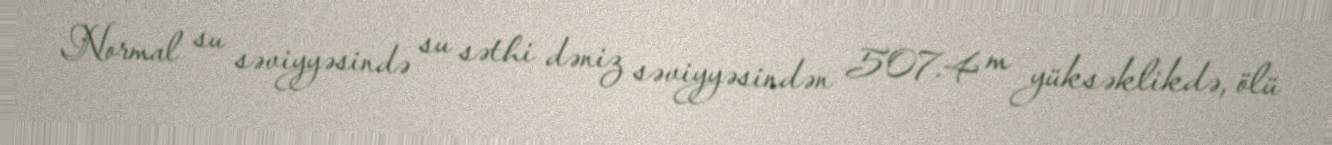
Normal su səviyyəsində su səthi dəniz səviyyəsindən 507.4 m yüksəklikdə, ölü